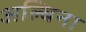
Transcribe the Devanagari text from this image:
अल्बिना